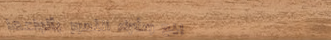
بيع وشراء التمور بأنواعها